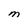
Character: M